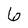
Character: 6